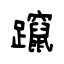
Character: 躥